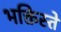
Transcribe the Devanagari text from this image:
भक्तिस्ते